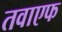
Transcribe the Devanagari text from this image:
तवाएफ